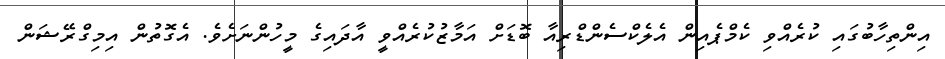
އިންތިހާބުގައި ކުރެއްވި ކެމްޕެއިން އެލެކްސެންޑްރިއާ ބޮޑަށް އަމާޒުކުރެއްވީ އާދައިގެ މީހުންނަށެވެ. އެގޮތުން އިމިގްރޭޝަން